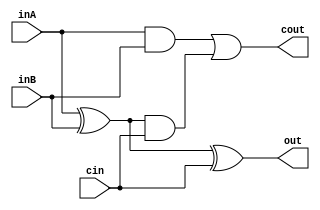
module full_add(inA, inB, cin, cout, out);
	input inA, inB, cin;
	output cout, out;
	
	wire and1, and2, and3;
	
	xor gate1(and1, inA, inB);
	xor gate2(out, and1, cin);
	
	and gate3(and2, inA, inB);
	and gate4(and3, and1, cin);
	or gate5(cout, and2, and3);
	
endmodule